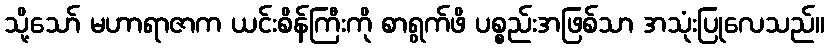
သို့သော် မဟာရာဇာက ယင်းစိန်ကြီးကို စာရွက်ဖိ ပစ္စည်းအဖြစ်သာ အသုံးပြုလေသည်။